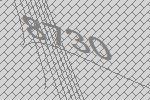
8730